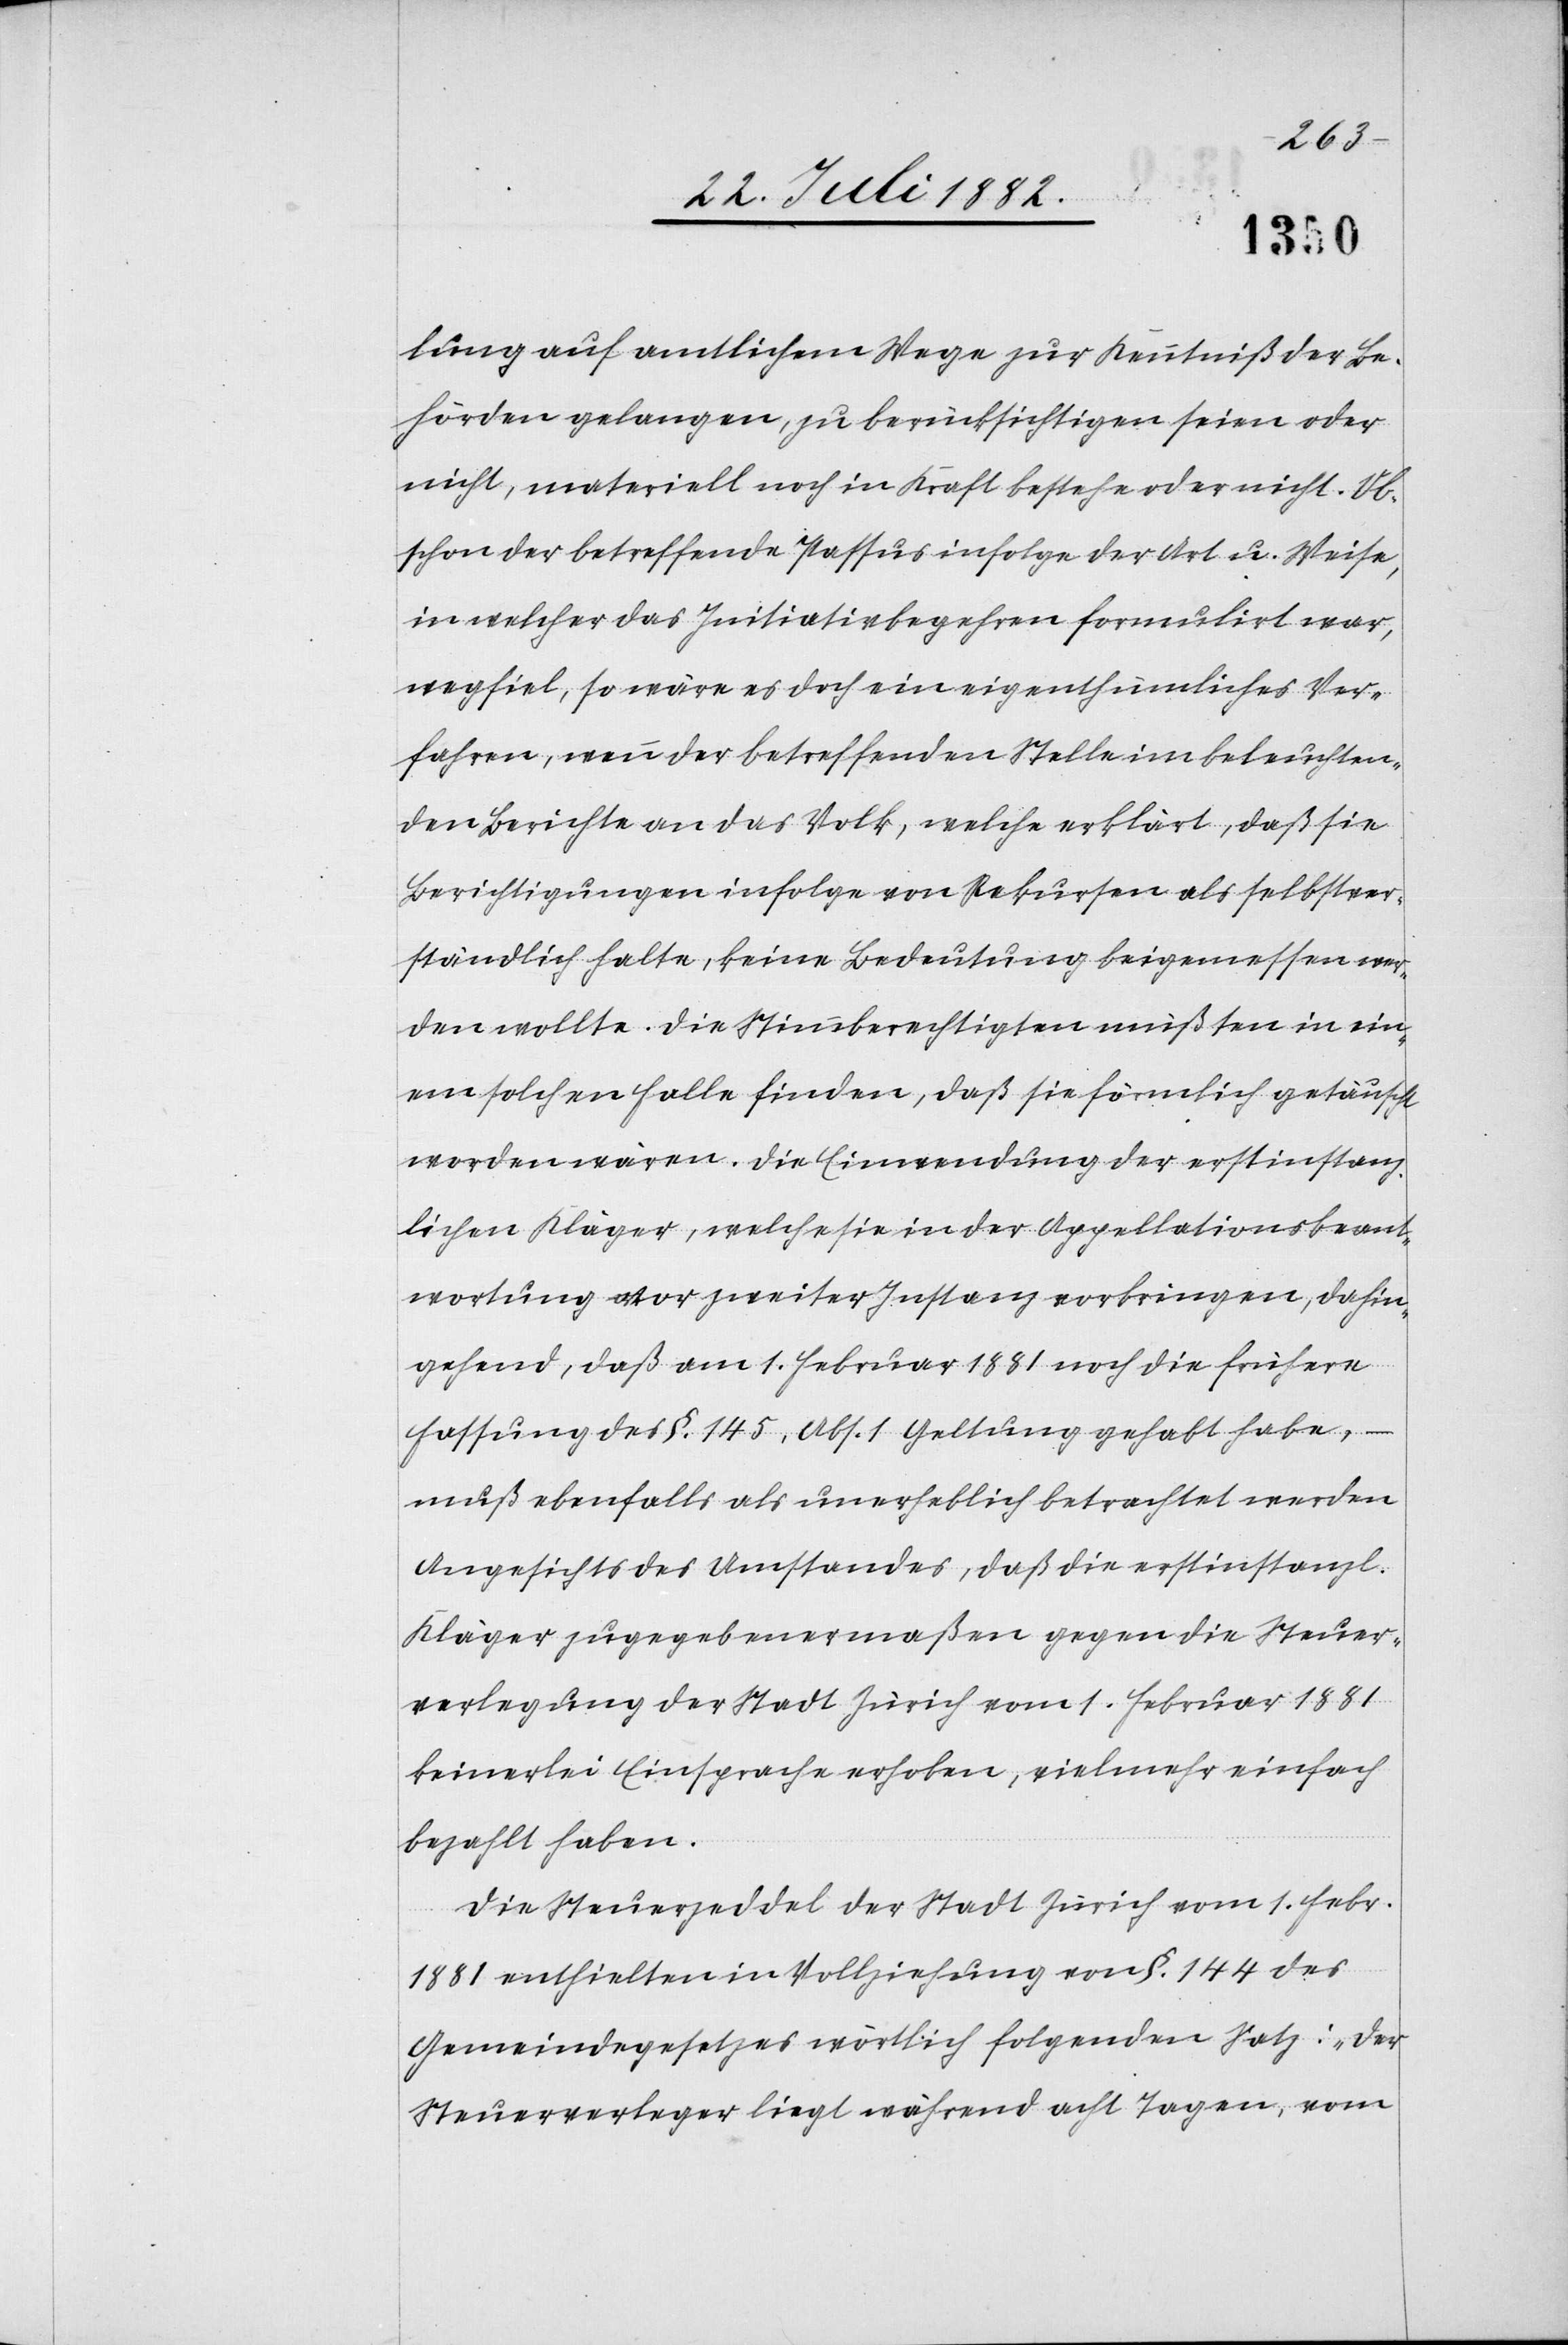
lung auf amtlichem Wege zur Kenntniß der Be¬
hörden gelangen, zu berücksichtigen seien oder
nicht, materiell noch in Kraft bestehe oder nicht. Ob¬
schon der betreffende Passus infolge der Art u. Weise,
in welcher das Initiativbegehren formulirt war,
wegfiel, so wäre es doch ein eigenthümliches Ver¬
fahren, wenn der betreffenden Stelle im beleuchten¬
den Bericht an das Volk, welche erklärt, daß sie
Berichtigungen infolge von Rekursen als selbstver¬
ständlich halte, keine Bedeutung beigemessen wer¬
den wollte. Die Stimmberechtigten mußten in ein¬
em solchen Falle finden, daß sie förmlich getäuscht
worden wären. Die Einwendung der erstinstanz¬
lichen Kläger, welche sie in der Appellationsbeant¬
wortung vor zweiter Instanz vorbringen, dahin
gehend, daß am 1. Februar 1881 noch die frühere
Fassung des §. 145, Abs. 1 Geltung gehabt habe,
muß ebenfalls als unerheblich betrachtet werden.
Angesichts des Umstandes, daß die erstinstanzl.
Kläger zugegebenermaßen gegen die Steuer¬
verlegung der Stadt Zürich vom 1. Februar 1881
keinerlei Einsprache erhoben, vielmehr einfach
bezahlt haben.
Die Steuerzeddel der Stadt Zürich vom 1. Febr.
1881 enthielten in Vollziehung von §. 44 des
Gemeindegesetzes wörtlich folgenden Satz: „Der
Steuerverleger liegt während acht Tagen, vom